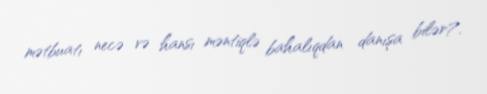
mətbuatı necə və hansı məntiqlə bahalıqdan danışa bilər?.